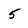
Character: 5